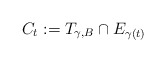
\begin{align*} C_t := T_{\gamma,B}\cap E_{\gamma(t)} \end{align*}